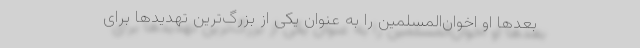
بعدها او اخوان‌المسلمین را به عنوان یکی از بزرگ‌ترین تهدیدها برای